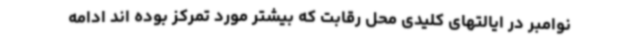
نوامبر در ایالتهای کلیدی محل رقابت که بیشتر مورد تمرکز بوده اند ادامه